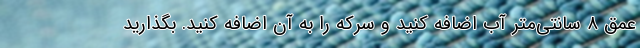
عمق ۸ سانتی‌متر آب اضافه کنید و سرکه را به آن اضافه کنید. بگذارید